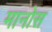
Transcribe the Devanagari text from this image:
मानोस